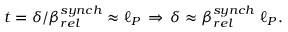
t = \delta / \beta _ { r e l } ^ { s y n c h } \approx \ell _ { P } \, \Rightarrow \, \delta \approx \beta _ { r e l } ^ { s y n c h } \; \ell _ { P } .